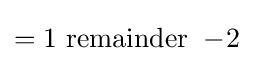
=1~\mathrm {remainder} ~-\!2